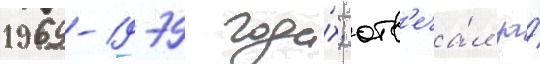
1969-1979 года́х; отв'еча́л за́